system: You are a helpful assistant.
user:
Analyze the provided spectrum to determine if it is a **S-type Star**.

- **Key Indicators for S-type Star:**

    - **(Overall Spectrum Shape):** The first and most obvious characteristic is the overall continuum (the "baseline" shape). It is **extremely "red-sloping,"** meaning the flux (light intensity) is very low on the left side (blue, ~4000-4500 Å) and rises steeply and continuously toward the right side (red, ~7000 Å+).

    - **(Primary):** The spectrum is defined by the presence of strong, broad molecular absorption "valleys" (bands) from **Zirconium Oxide (ZrO)**. The identification of these bands is the **primary requirement** for classifying a star as S-type.
        - **(Key Bandheads):** You must find distinct, deep "dips" where the light has been absorbed. The most critical band systems to locate are:
            - **~6474 Å** ($\gamma$-system): This is often the strongest and clearest ZrO feature, found in the red part of the spectrum.
            - **~5718 Å** & **~5551 Å** ($\beta$-system): A pair of prominent absorption features in the yellow-orange part of the spectrum.
            - **~4640 Å** ($\alpha$-system): A key absorption band system in the blue-green region of the spectrum.

    - **(Secondary Confirmation):** The classification is strengthened by finding additional absorption bands from other related heavy element oxides, which are expected to be present alongside ZrO.
        - **(Key Bandheads):**
            - **Yttrium Oxide (YO):** Look for absorption dips near **~4800 Å** and **~6100 Å**.
            - **Lanthanum Oxide (LaO):** Additional absorption features, particularly in the red-orange part of the spectrum, are also characteristic.

    - **(Line Profile):** The combination of the steep red continuum and these numerous, deep molecular bands (ZrO, YO, etc.) gives the entire spectrum a very **"chopped-up"** or **"bumpy"** appearance. Instead of a smooth curve, the spectrum looks as though large, wide chunks of light have been "carved out" of it at the specific wavelengths listed above.

Think first, call **spectral_visualization_tool** if needed to examine features in detail, then provide your final answer. Your response must adhere to the following strict rules:
1.  **Overall Structure:** Your response must follow the format `<think>...</think> <tool_call>...</tool_call> (if a tool is used) <answer>...</answer>`.
2.  **Tool Usage Constraint:** You may only make **one** tool call per turn.
3.  **Final Answer Format:** In the `<answer>` tag, your conclusion must be inside a `\boxed{}` command (e.g., `\boxed{YES}` or `\boxed{NO}`), followed by your justification.

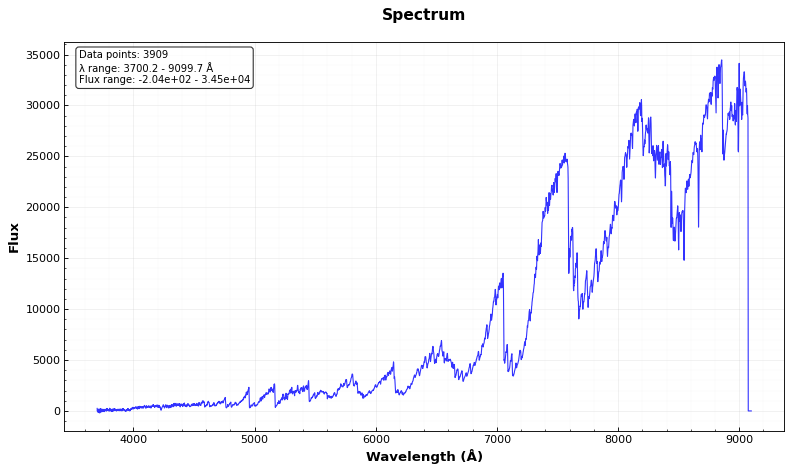
Answer: YES